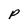
Character: P